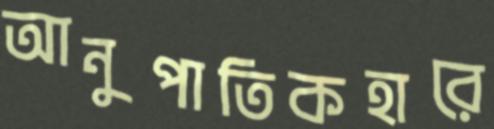
আনুপাতিকহারে